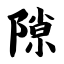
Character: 隙